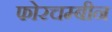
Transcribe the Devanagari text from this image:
फोरचम्बीन